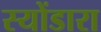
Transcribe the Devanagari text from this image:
स्योंडारा